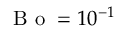
\mathrm { ~ B ~ o ~ } = 1 0 ^ { - 1 }